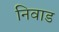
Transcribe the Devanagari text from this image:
निवाड